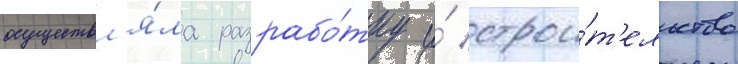
осуществл'я́ла разрабо́тку и́ строи́т'ельство